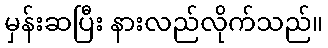
မှန်းဆပြီး နားလည်လိုက်သည်။